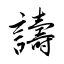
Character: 譸